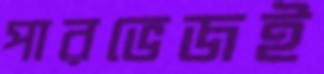
পারভেজই